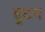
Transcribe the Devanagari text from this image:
हुटन